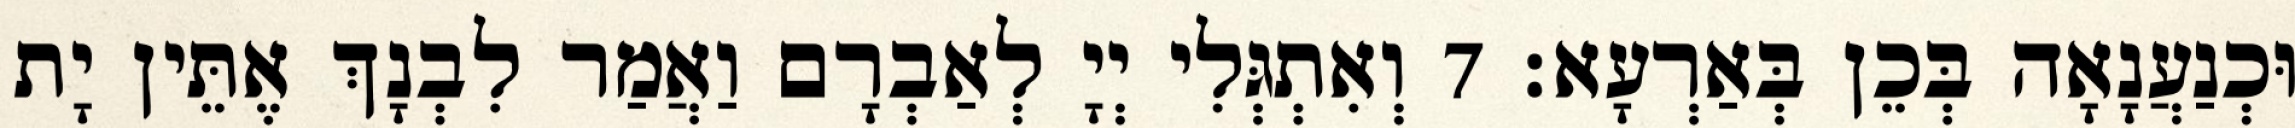
וּכְנַעֲנָאָה בְּכֵן בְּאַרְעָא׃ 7 וְאִתְגְּלִי יְיָ לְאַבְרָם וַאֲמַר לִבְנָךְ אֶתֵּין יָת